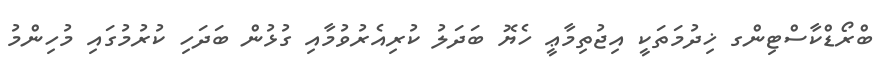
ބްރޯޑްކާސްޓިންގ ޚިދުމަތަކީ އިޖުތިމާޢީ ހެޔޮ ބަދަލު ކުރިއެރުވުމާއި ގުޅުން ބަދަހި ކުރުމުގައި މުހިންމު